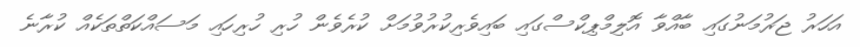
އަހަރު ޖަރުމަނުގައި ބާއްވާ އޮލިމްޕިކްސްގައި ބައިވެރިކުރުވުމަށް ކުރެވެން ހުރި ހުރިހައި މަސައްކަތްތަކެއް ކުރާނެ